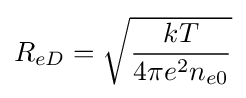
R_{eD}={\sqrt {\frac {kT}{4\pi e^{2}n_{e0}}}}